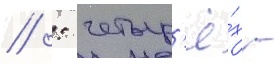
// : четыр'ё́х -